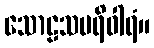
သောဠသပရိဝါရံ။